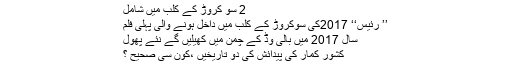
2 سو کروڑ کے کلب میں شامل
’’ رئیس‘‘ 2017کی سوکروڑ کے کلب میں داخل ہونے والی پہلی فلم
سال 2017 میں بالی وڈ کے چمن میں کھیلیں گے نئے پھول
کشور کمار کی پیدائش کی دو تاریخیں ،کون سی صحیح ؟